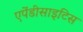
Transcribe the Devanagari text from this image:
एपेंडीसाइटिस